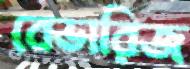
বেভারিজ